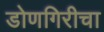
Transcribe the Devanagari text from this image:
डोणगिरीचा